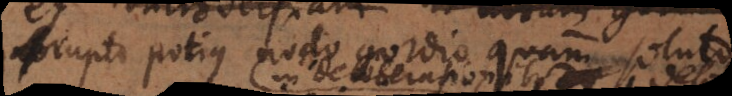
rupto potius nodo gordio quam soluto